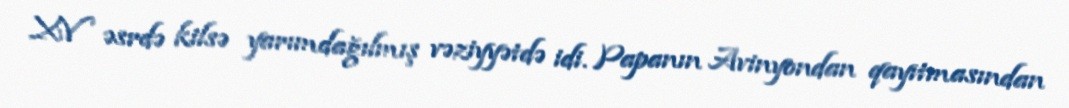
XV əsrdə kilsə yarımdağılmış vəziyyətdə idi. Papanın Avinyondan qayıtmasından